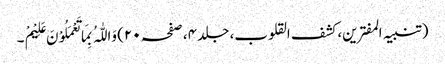
(تنبیہ المفترین، کشف القلوب، جلد ۴، صفحہ ۲۰) وَاللّٰہُ بِمَا تَعْمَلُوْنَ عَلِیْمْ ۔